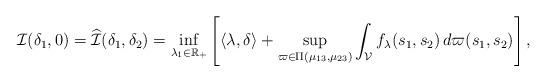
LaTeX: \begin{align*}\mathcal{I}(\delta_1, 0) = \widehat{\mathcal{I}} (\delta_1, \delta_2) = \inf _{\lambda_1 \in \mathbb{R}_{+}}\left[\langle\lambda, \delta\rangle +\sup _{\varpi \in \Pi\left(\mu_{13}, \mu_{23}\right)} \int_{\mathcal{V}} f_{\lambda}(s_1, s_2) \, d \varpi(s_1,s_2) \right] ,\end{align*}